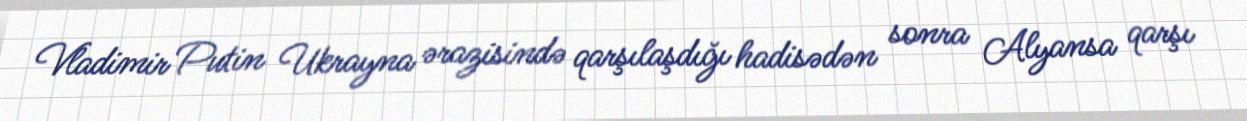
Vladimir Putin Ukrayna ərazisində qarşılaşdığı hadisədən sonra Alyansa qarşı